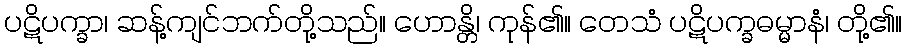
ပဋိပက္ခာ၊ ဆန့်ကျင်ဘက်တို့သည်။ ဟောန္တိ၊ ကုန်၏။ တေသံ ပဋိပက္ခဓမ္မာနံ၊ တို့၏။